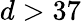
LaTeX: d>37